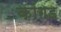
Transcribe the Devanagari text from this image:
कांगड